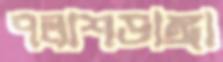
পলাশডাঙ্গা